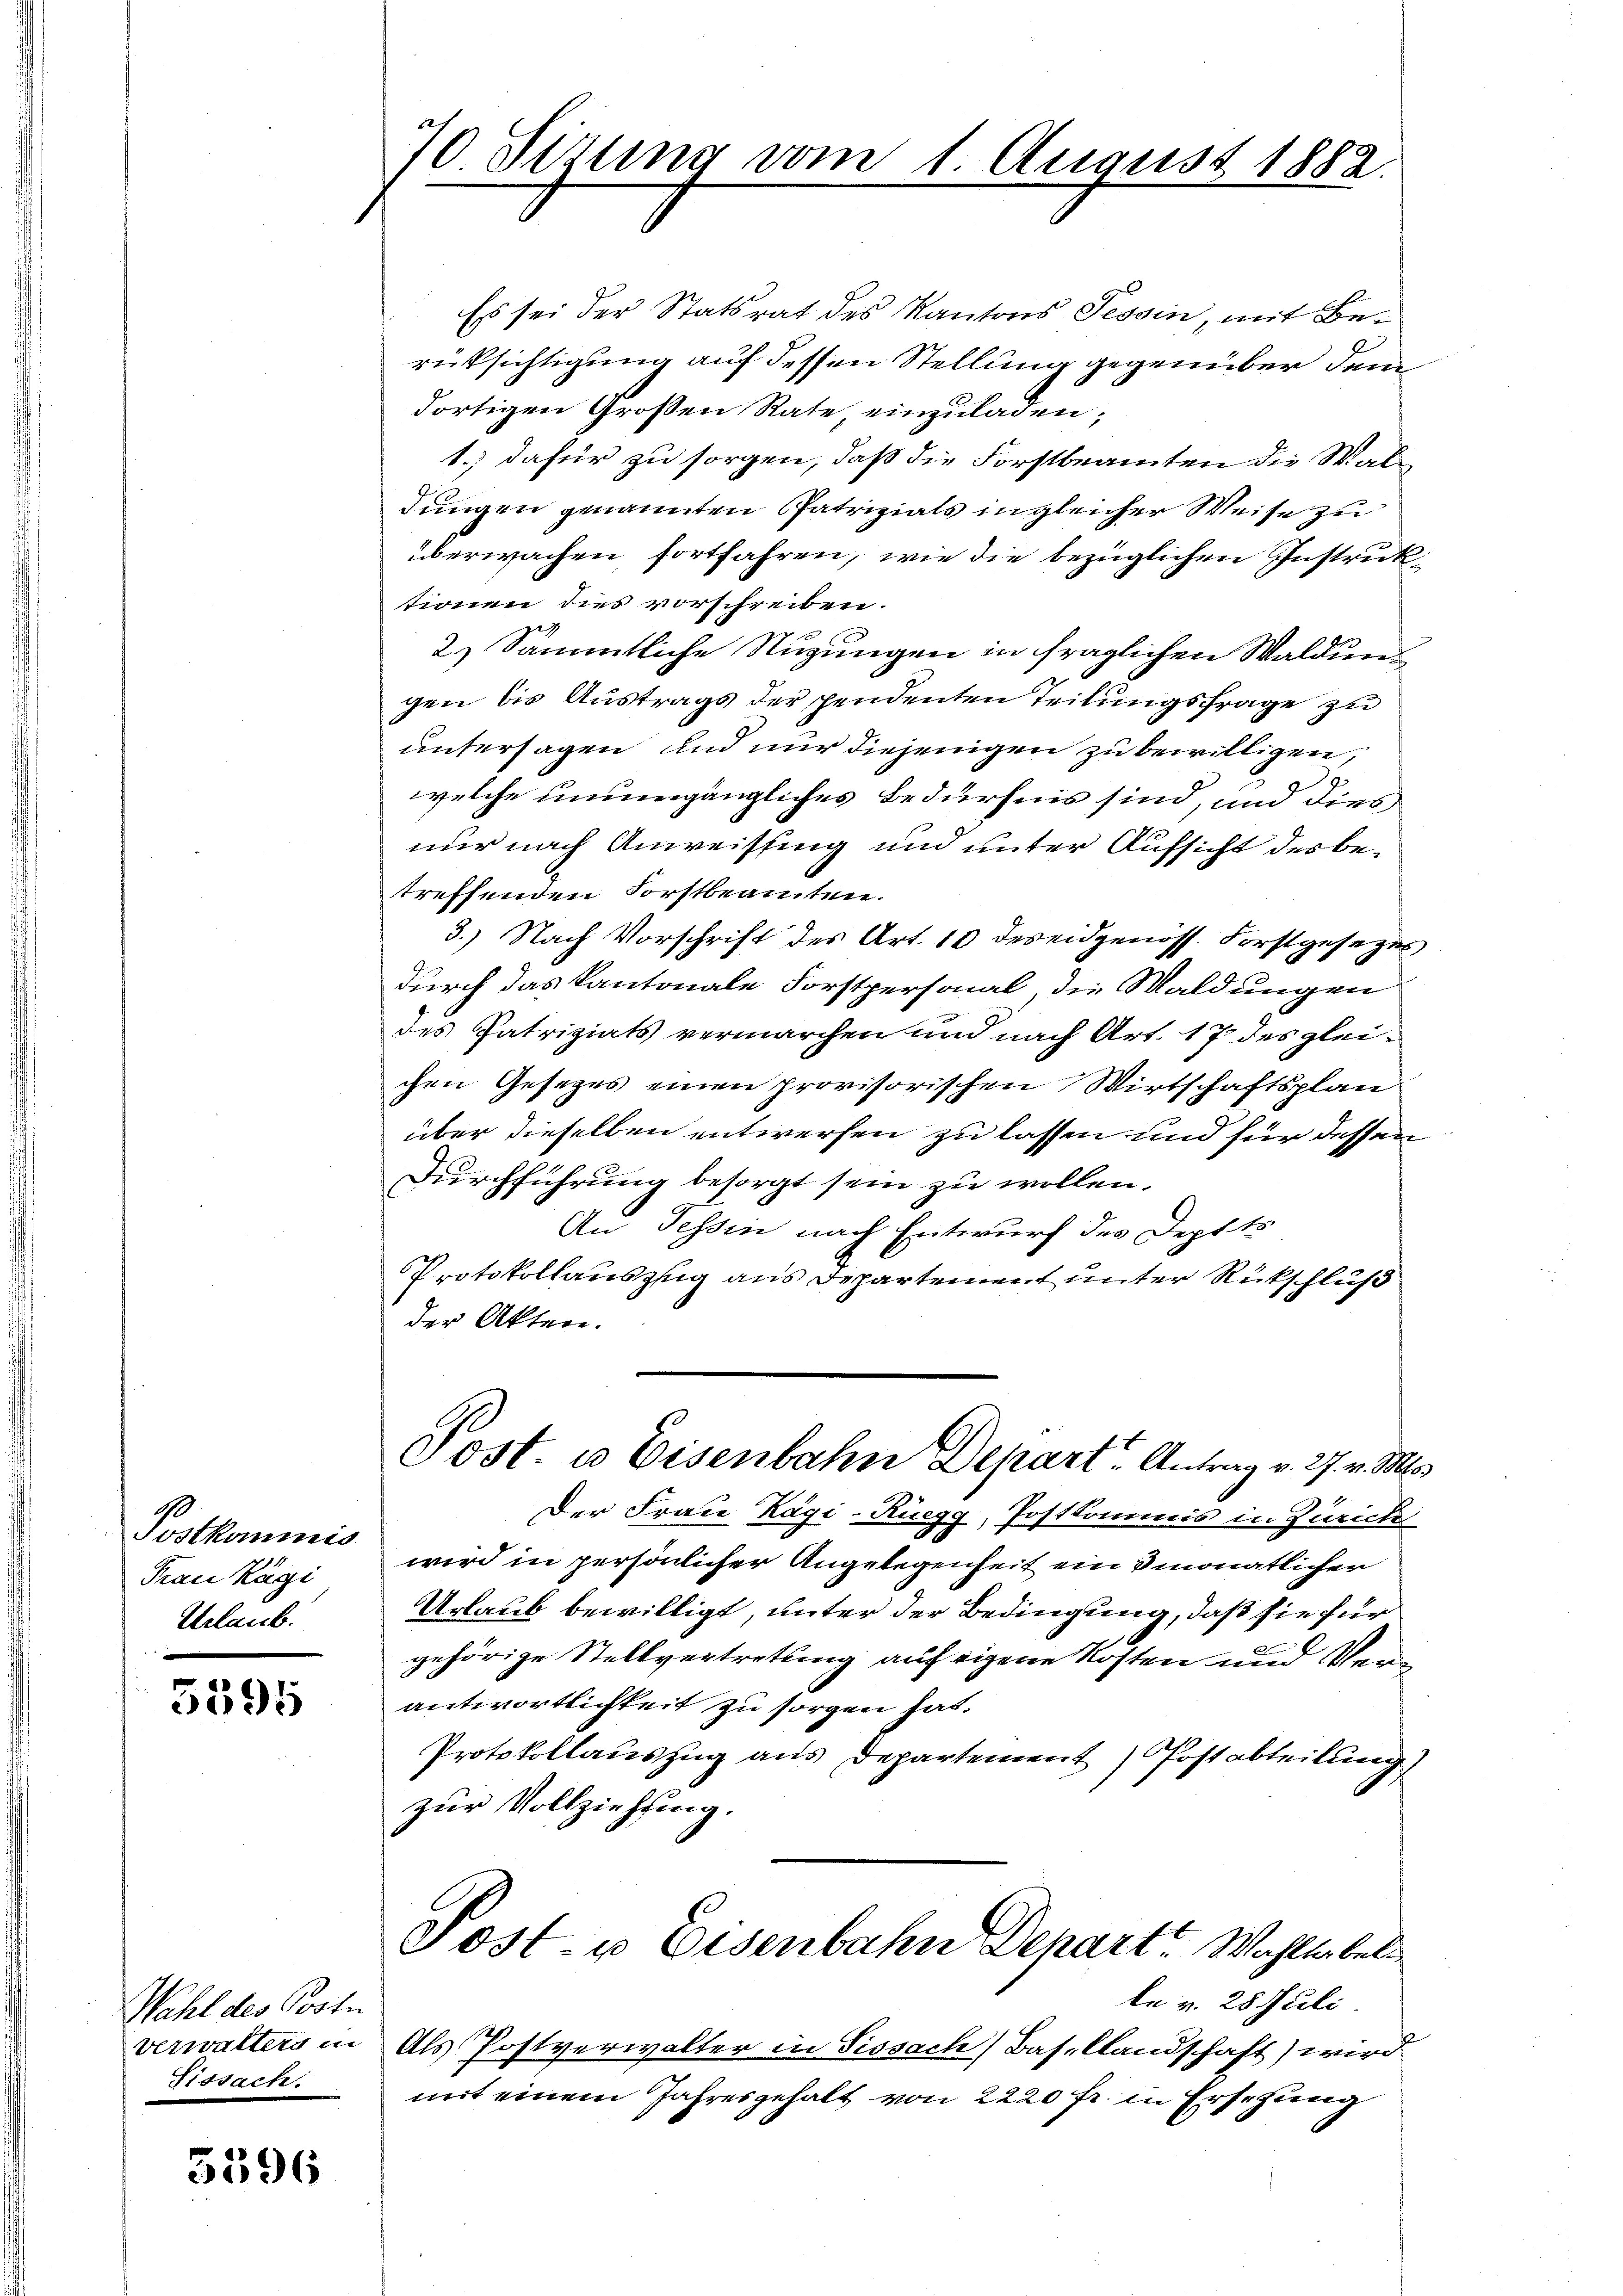
Postkommnis
Frau Ragi
Urlaub.

5595

Wahl des Poste
verwaltern in
Fissach.

5596

7 Sizung vom 1. August 1882.

Es sei der Statsrat des Kantons Tessin, mit Berücksichtigung auf dessen Stellung gegenüber dem
dortigen Großen Rate, einzuladen;
1.) dafür zu sorgen, daß die Forstbeamten die Waldungen genannten Patrizials ingleicher Weise zu
überwachen fortfahren, wie die bezüglichen Instruktionen dies vorschreiben.
2.) Sämmtliche Nuzungen in fraglichen Waldungen bis Austrags der pendenten Teilungsfrage zu
untersagen und nur diejenigen zu bewilligen,
welche unumgängliches Bedürfnis sind, und dies
nur nach Anweissing und unter Aufsicht des betreffenden Forstbeamten.
3.) Nach Vorschrift des Art. 10 des eidgenöss. Forstgesezesdurch das Kantonale Forstpersonal, die Waldungen
des Patriziats vermarchen und nach Art. 17 des gleichen Gesetzes einen provisorischen Wirtschaftsplan
über dieselben entwerfen zu lassen und für dessen
Durchführung besorgt sein zu wollen.
An Tessin nach Entwurf des Deptts
Protokollauszug aus Departement unter Rückschluß
der Akten.
Post. u. Eisenbahn Depart - Antrag v. 27. v. Ms.
Der Frau Kägi-Ruegg, Postkommnis in Zürich
wird in persönlicher Angelegenheit ein monatlicher
Urlaub bewilligt, unter der Bedingung, daß sie für
gehörige Stellvertrettung auf eigene Kosten und Verantwortlichkeit zu sorgen hat.
Protokollauszug aus Departement) Postabteilung
zur Vollziehung.
Post- u Eisenbahn Depart Wahlenbel
le v. 28 Juli.
Als Postverwalter in Sissach) Basellandschaft) wird
mit einem Jahresgehalt von 2220 fr. in Ersehung